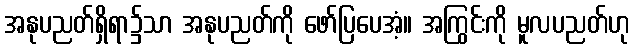
အနုပညတ်ရှိရာ၌သာ အနုပညတ်ကို ဖော်ပြပေအံ့။ အကြွင်းကို မူလပညတ်ဟု